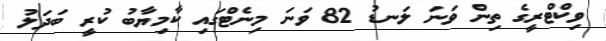
ވިކްޓްރީގެ ތިން ވަނަ ލަނޑު 82 ވަނަ މިނެޓްގައި ކާމިޔާބު ކުރީ ބަދަލު